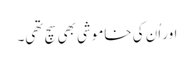
اور اُن کی خاموشی بھی سچ تھی۔